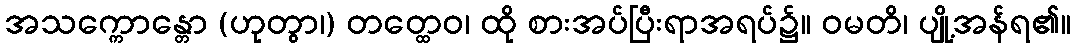
အသက္ကောန္တော (ဟုတွာ၊) တတ္ထေဝ၊ ထို စားအပ်ပြီးရာအရပ်၌။ ဝမတိ၊ ပျို့အန်ရ၏။